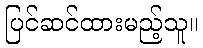
ပြင်ဆင်ထားမည့်သူ။